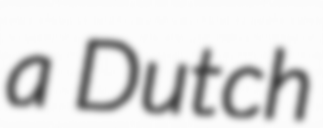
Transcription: a Dutch